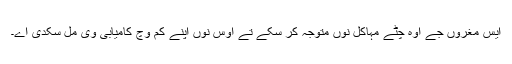
ایس مغروں جے اوہ چِٹے مہاکل نوں متوجہ کر سکے تے اوس نوں اپنے کم وچ کامیابی وی مل سکدی اے۔